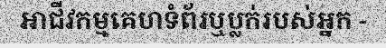
អាជីវកម្មគេហទំព័រឬប្លក់របស់អ្នក -